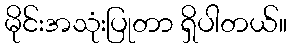
မိုင်းအသုံးပြုတာ ရှိပါတယ်။